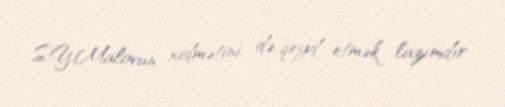
S.Y.Malovun xidmətini də qeyd etmək lazımdır.